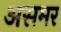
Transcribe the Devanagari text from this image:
असमर